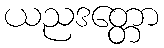
ယညဒတ္တော